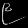
Digit: ၉